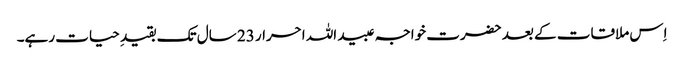
اِس ملاقات کے بعد حضرت خواجہ عبید اللہ احرار 23 سال تک بقیدِ حیات رہے۔